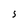
Character: 5